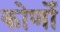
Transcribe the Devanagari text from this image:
कोणोँ